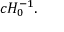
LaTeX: c H _ { 0 } ^ { - 1 } .